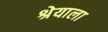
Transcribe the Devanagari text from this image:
श्रेयाला